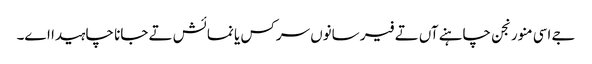
جے اسی منورنجن چاہنے آں تے فیر سانوں سرکس یا نمائش تے جانا چاہیدا اے۔